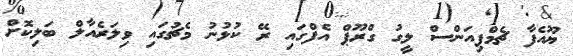
ޔޫއެފާ ޗެމްޕިއަންސް ލީގު ގްރޫޕް އެފްގައި ރޭ ކުޅުނު މެޗުގައި ވިލަރެއާލް ބަލިކޮށް